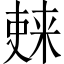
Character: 𫣚